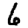
Digit: 6